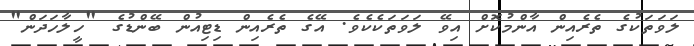
ލަވަތަކުގެ ތެރެއިން އާންމުކޮށް އިވޭ ލަވަތަކެކެވެ. އޭގެ ތެރެއިން ޑިޓިއުން ބޭންޑުގެ "ހީލާހަދަން"